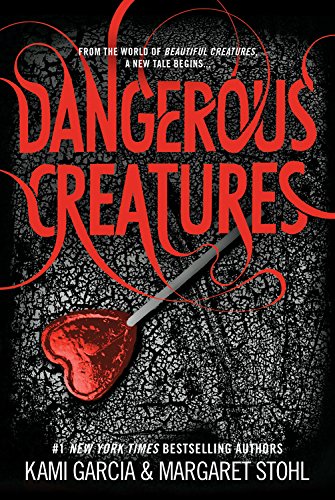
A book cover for Dangerous Creatures; Kami Garcia; Teen & Young Adult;